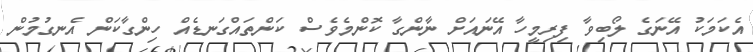
އެކަމަކު އޭނަގެ ލޯބިވާ ފިރިމީހާ އޭނައަށް ނާންގާ ކޮންމެވެސް ކަންތައްގަނޑެއް ހިންގާކަން އެނގުމުން